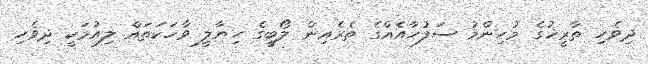
ދިވެހި ތާރީޚުގެ މުހިންމު ސަފުހާއެއްގެ ތެރެއިން ލޯބީގެ ހިޔާލީ ވާހަކަތައް ލިއުމަކީ ދިވެހި